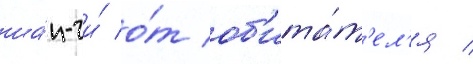
ша́н-чи́ о́т об'ита́т'ел'я /